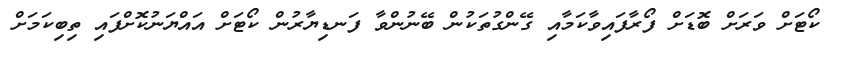
ކޯޓަށް ވަރަށް ބޮޑަށް ފޯރާފައިވާކަމާއި ގޭންގުތަކުން ބޭނުންވާ ފަނޑިޔާރުން ކޯޓަށް އައްޔަނުކޮށްފައި ތިބިކަމަށް